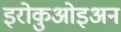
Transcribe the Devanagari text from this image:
इरोकुओइअन